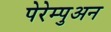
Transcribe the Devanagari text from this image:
पेरेम्पुअन